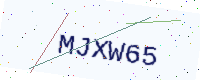
Text: MJXW65